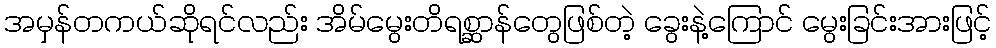
အမှန်တကယ်ဆိုရင်လည်း အိမ်မွေးတိရစ္ဆာန်တွေဖြစ်တဲ့ ခွေးနဲ့ကြောင် မွေးခြင်းအားဖြင့်